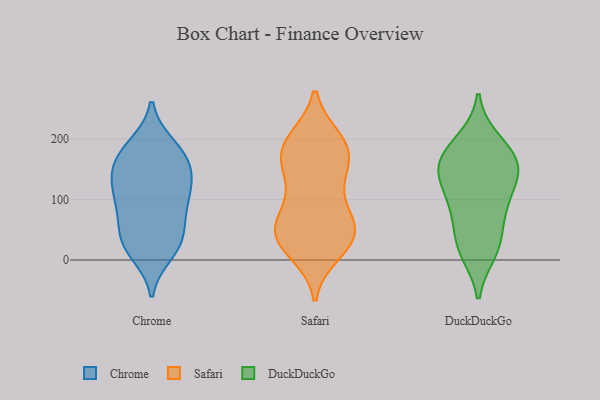
{"axis": {"x": "Tickets Resolved", "y": "Value"}, "legend": ["Chrome", "DuckDuckGo", "Safari"], "data": [{"x": "", "y": 165, "type": "Chrome"}, {"x": "", "y": 44, "type": "Chrome"}, {"x": "", "y": 28, "type": "Chrome"}, {"x": "", "y": 153, "type": "Chrome"}, {"x": "", "y": 11, "type": "Chrome"}, {"x": "", "y": 93, "type": "Chrome"}, {"x": "", "y": 190, "type": "Chrome"}, {"x": "", "y": 75, "type": "Chrome"}, {"x": "", "y": 112, "type": "Chrome"}, {"x": "", "y": 122, "type": "Chrome"}, {"x": "", "y": 163, "type": "Chrome"}, {"x": "", "y": 163, "type": "Chrome"}, {"x": "", "y": 71, "type": "Chrome"}, {"x": "", "y": 190, "type": "Chrome"}, {"x": "", "y": 127, "type": "Chrome"}, {"x": "", "y": 114, "type": "Chrome"}, {"x": "", "y": 31, "type": "Chrome"}, {"x": "", "y": 20, "type": "Chrome"}, {"x": "", "y": 73, "type": "Safari"}, {"x": "", "y": 29, "type": "Safari"}, {"x": "", "y": 42, "type": "Safari"}, {"x": "", "y": 81, "type": "Safari"}, {"x": "", "y": 184, "type": "Safari"}, {"x": "", "y": 33, "type": "Safari"}, {"x": "", "y": 191, "type": "Safari"}, {"x": "", "y": 144, "type": "Safari"}, {"x": "", "y": 196, "type": "Safari"}, {"x": "", "y": 65, "type": "Safari"}, {"x": "", "y": 188, "type": "Safari"}, {"x": "", "y": 199, "type": "Safari"}, {"x": "", "y": 52, "type": "Safari"}, {"x": "", "y": 51, "type": "Safari"}, {"x": "", "y": 127, "type": "Safari"}, {"x": "", "y": 160, "type": "Safari"}, {"x": "", "y": 13, "type": "Safari"}, {"x": "", "y": 148, "type": "Safari"}, {"x": "", "y": 25, "type": "Safari"}, {"x": "", "y": 97, "type": "DuckDuckGo"}, {"x": "", "y": 191, "type": "DuckDuckGo"}, {"x": "", "y": 141, "type": "DuckDuckGo"}, {"x": "", "y": 58, "type": "DuckDuckGo"}, {"x": "", "y": 149, "type": "DuckDuckGo"}, {"x": "", "y": 148, "type": "DuckDuckGo"}, {"x": "", "y": 97, "type": "DuckDuckGo"}, {"x": "", "y": 156, "type": "DuckDuckGo"}, {"x": "", "y": 198, "type": "DuckDuckGo"}, {"x": "", "y": 22, "type": "DuckDuckGo"}, {"x": "", "y": 13, "type": "DuckDuckGo"}, {"x": "", "y": 151, "type": "DuckDuckGo"}, {"x": "", "y": 22, "type": "DuckDuckGo"}, {"x": "", "y": 89, "type": "DuckDuckGo"}, {"x": "", "y": 172, "type": "DuckDuckGo"}]}